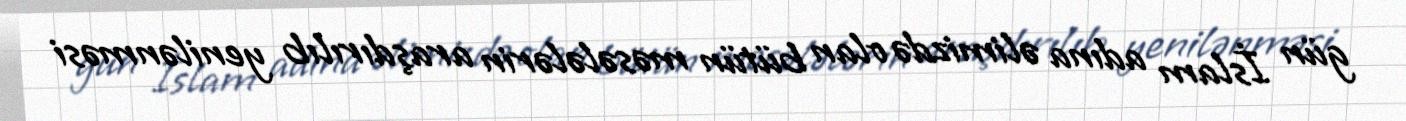
gün İslam adına əlimizdə olan bütün məsələlərin araşdırılıb yenilənməsi